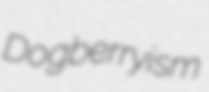
Dogberryism